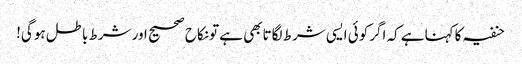
حنفیہ کاکہناہے کہ اگرکوئی ایسی شرط لگاتابھی ہے تونکاح صحیح اورشرط باطل ہوگی!